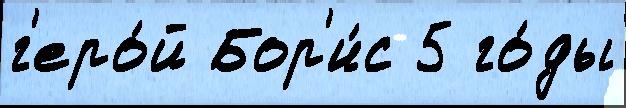
г'еро́й Бор'и́с 5 го́ды